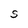
Character: S